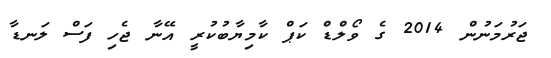
ޖަރުމަނުން 2014 ގެ ވޯލްޑް ކަޕް ކާމިޔާބުކުރީ އޭނާ ޖެހި ފަސް ލަނޑާ